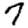
Digit: 7